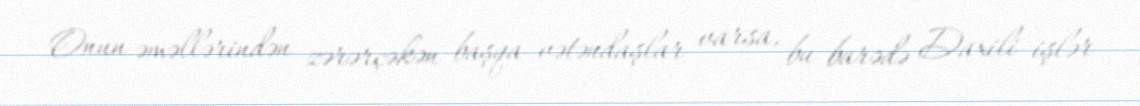
Onun əməllərindən zərərçəkən başqa vətəndaşlar varsa, bu barədə Daxili işlər